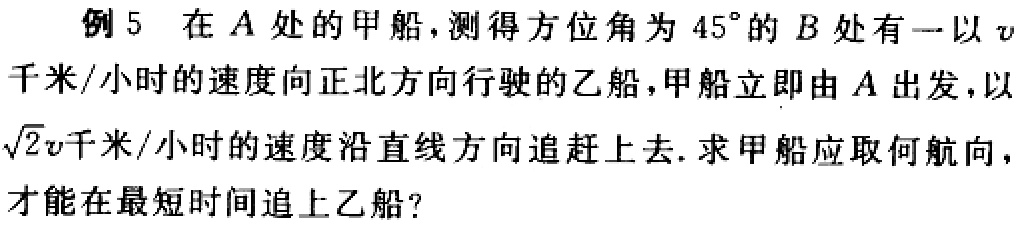
例5 在\(A\)处的甲船，测得方位角为\(45^{\circ}\)的\(B\)处有一以\(v\)千米/小时的速度向正北方向行驶的乙船，甲船立即由\(A\)出发，以\(\sqrt{2}v\)千米/小时的速度沿直线方向追赶上去. 求甲船应取何航向，才能在最短时间追上乙船？